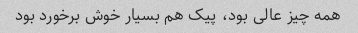
همه چیز عالی بود، پیک هم بسیار خوش برخورد بود